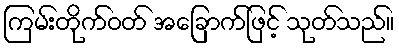
ကြမ်းတိုက်ဝတ် အခြောက်ဖြင့် သုတ်သည်။